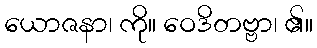
ယောဇနာ၊ ကို။ ဝေဒိတဗ္ဗာ၊ ၏။